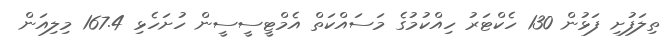
ތިލަފުށި ފަޅުން 130 ހެކްޓަރު ހިއްކުމުގެ މަސައްކަތް އެމްޓީސީސީން ހުށަހެޅި 167.4 މިލިއަން